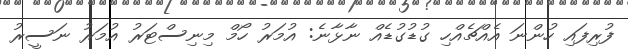
ފުރިފައި ހުންނަ އެއްޗެއްހި ގުޑުގުޑެއް ނާޅާނެ: އުމަރު ހޯމް މިނިސްޓަރު އުމަރު ނަސީރު